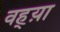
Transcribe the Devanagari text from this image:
वह्य़ा